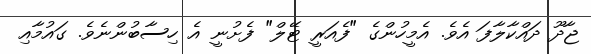
ޖާދޫ ދައްކާލާފަ އެވެ. އެމީހުންގެ "ފެއަރީ ޓޭލް" ފެށުނީ އެ ހިސާބުންނެވެ. ގައުމާއި